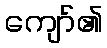
ကျော်၏